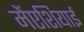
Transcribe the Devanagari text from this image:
मेंएशियाई